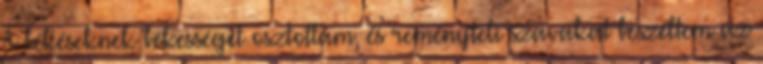
A békéseknek békességet osztottam, és reményteli szavakat beszéltem az